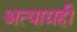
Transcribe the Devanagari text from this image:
अत्याग्रही